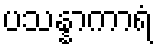
ပသန္နာကာရံ